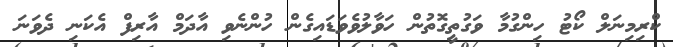
ކްރިމިނަލް ކޯޓު ހިންގުމާ ވަގުތީގޮތުން ހަވާލުވެވަޑައިގެން ހުންނެވި އާދަމް އާރިފް އެކަނި ދެވަނަ